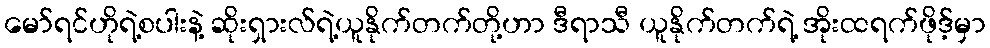
မော်ရင်ဟိုရဲ့စပါးနဲ့ ဆိုးရှားလ်ရဲ့ယူနိုက်တက်တို့ဟာ ဒီရာသီ ယူနိုက်တက်ရဲ့ အိုးထရက်ဖိုဒ့်မှာ